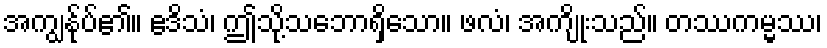
အကျွန်ုပ်၏။ ဧဒိသံ၊ ဤသို့သဘောရှိသော။ ဖလံ၊ အကျိုးသည်။ တဿကမ္မဿ၊